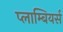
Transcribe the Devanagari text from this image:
प्लाम्बियर्स